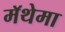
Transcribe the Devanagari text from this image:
मॅथेमा